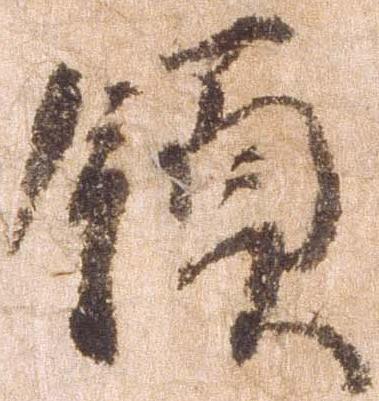
領